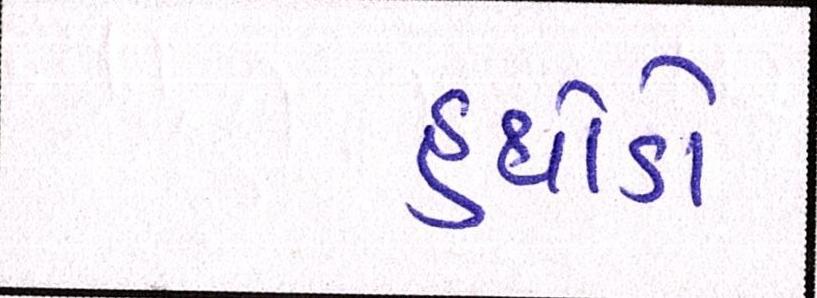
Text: હથોડો